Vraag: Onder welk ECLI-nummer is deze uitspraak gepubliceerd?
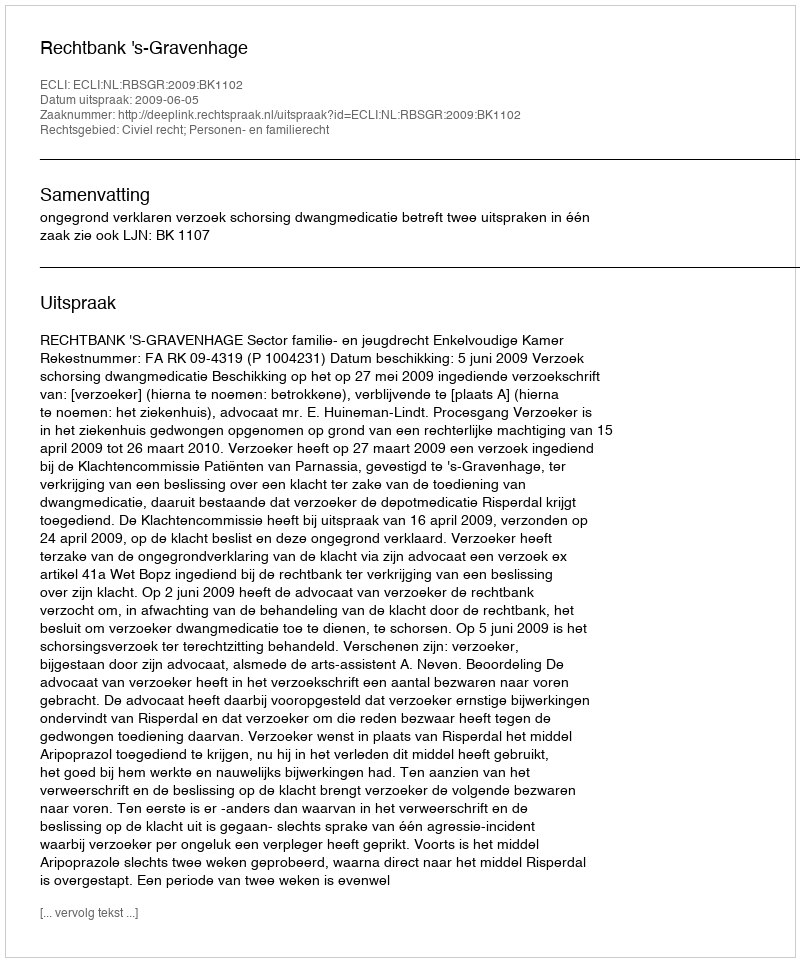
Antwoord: ECLI:NL:RBSGR:2009:BK1102